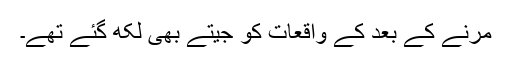
مرنے کے بعد کے واقعات کو جیتے بھی لکھ گئے تھے۔